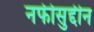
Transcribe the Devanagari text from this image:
नफीसुद्दीन